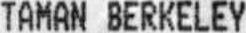
TAMAN BERKELEY